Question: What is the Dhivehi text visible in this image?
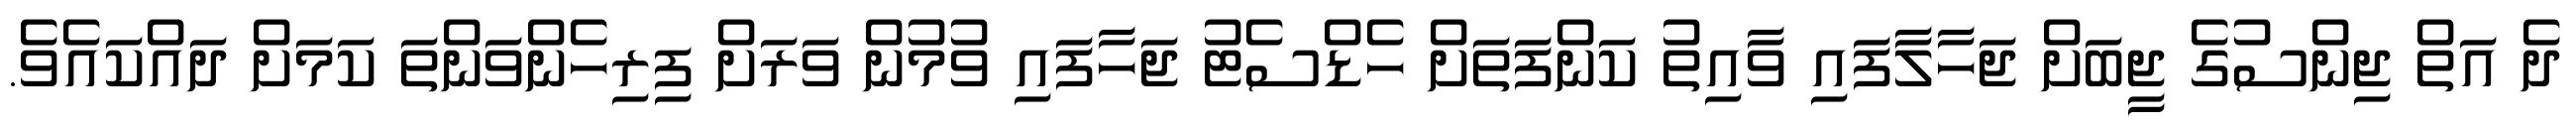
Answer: ދެ އަތް ޖިންސުގެ ޖީބަށް ޖަހާލާފައި ވާއިތު ކަންފަތަށް ހެޑްސެޓު ޖަހާފައި ވުމުން ވަރަށް ފިރިހެންވަންތަ ކަމަށް ދައްކައެވެ.